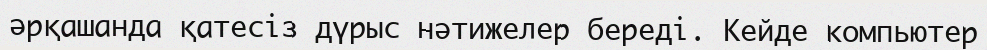
әрқашанда қатесіз дүрыс нәтижелер береді. Кейде компьютер